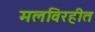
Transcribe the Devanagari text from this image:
मलविरहीत